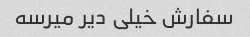
سفارش خیلی دیر میرسه